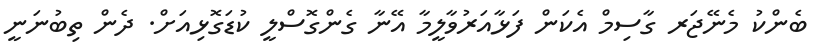
ބެންކު މެނޭޖަރ ގާސިމް އެކަން ފަޅާއަރުވާލީމާ އޭނާ ގެންގޮސްލީ ކުޑަގޮޅިއަށް. ދެން ތިބުނަނީ